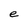
Character: e